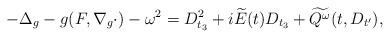
LaTeX: \begin{align*}-\Delta_g - g(F,\nabla_g\cdot)-\omega^2 = D_{t_3}^2 + i \widetilde{E}(t) D_{t_3} + \widetilde{Q^\omega}(t,D_{t'}), \end{align*}